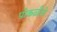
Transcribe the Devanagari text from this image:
पोकळीचे